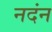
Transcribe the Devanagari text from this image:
नदंन